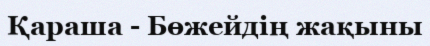
Қараша - Бөжейдің жақыны